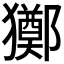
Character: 𤣀